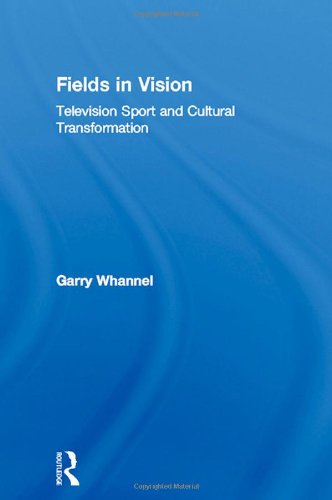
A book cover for Fields in Vision: Television Sport and Cultural Transformation (Communication and Society); Garry Whannel; Sports & Outdoors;